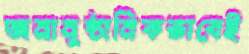
অনানুষ্ঠানিকভাবেই